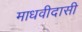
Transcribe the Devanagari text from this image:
माधवीदासी